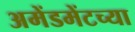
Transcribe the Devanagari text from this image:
अमेंडमेंटच्या